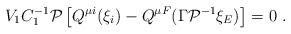
\begin{align*}V_1C_1^{-1}{\cal P}\left[ Q^{\mu i}(\xi _i)-Q^{\mu F}(\Gamma {\cal P}^{-1}\xi _E)\right] =0\ .\end{align*}